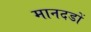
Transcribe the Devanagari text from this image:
मानदडों